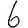
Digit: 6